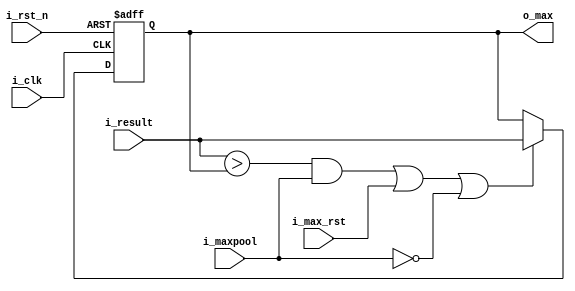
module compare_reg_for_strategy2(
  input i_clk,
  input i_rst_n,
  input i_max_rst,
  input i_maxpool,
  input signed [31:0] i_result,
  output reg signed [31:0] o_max
);

  wire max = (i_result > o_max) && i_maxpool;

  always@(posedge i_clk or negedge i_rst_n)begin
    if(!i_rst_n)begin
      o_max <= 32'd0;
    end else if(max || i_max_rst || !i_maxpool)begin
      o_max <= i_result;
    end
  end

endmodule